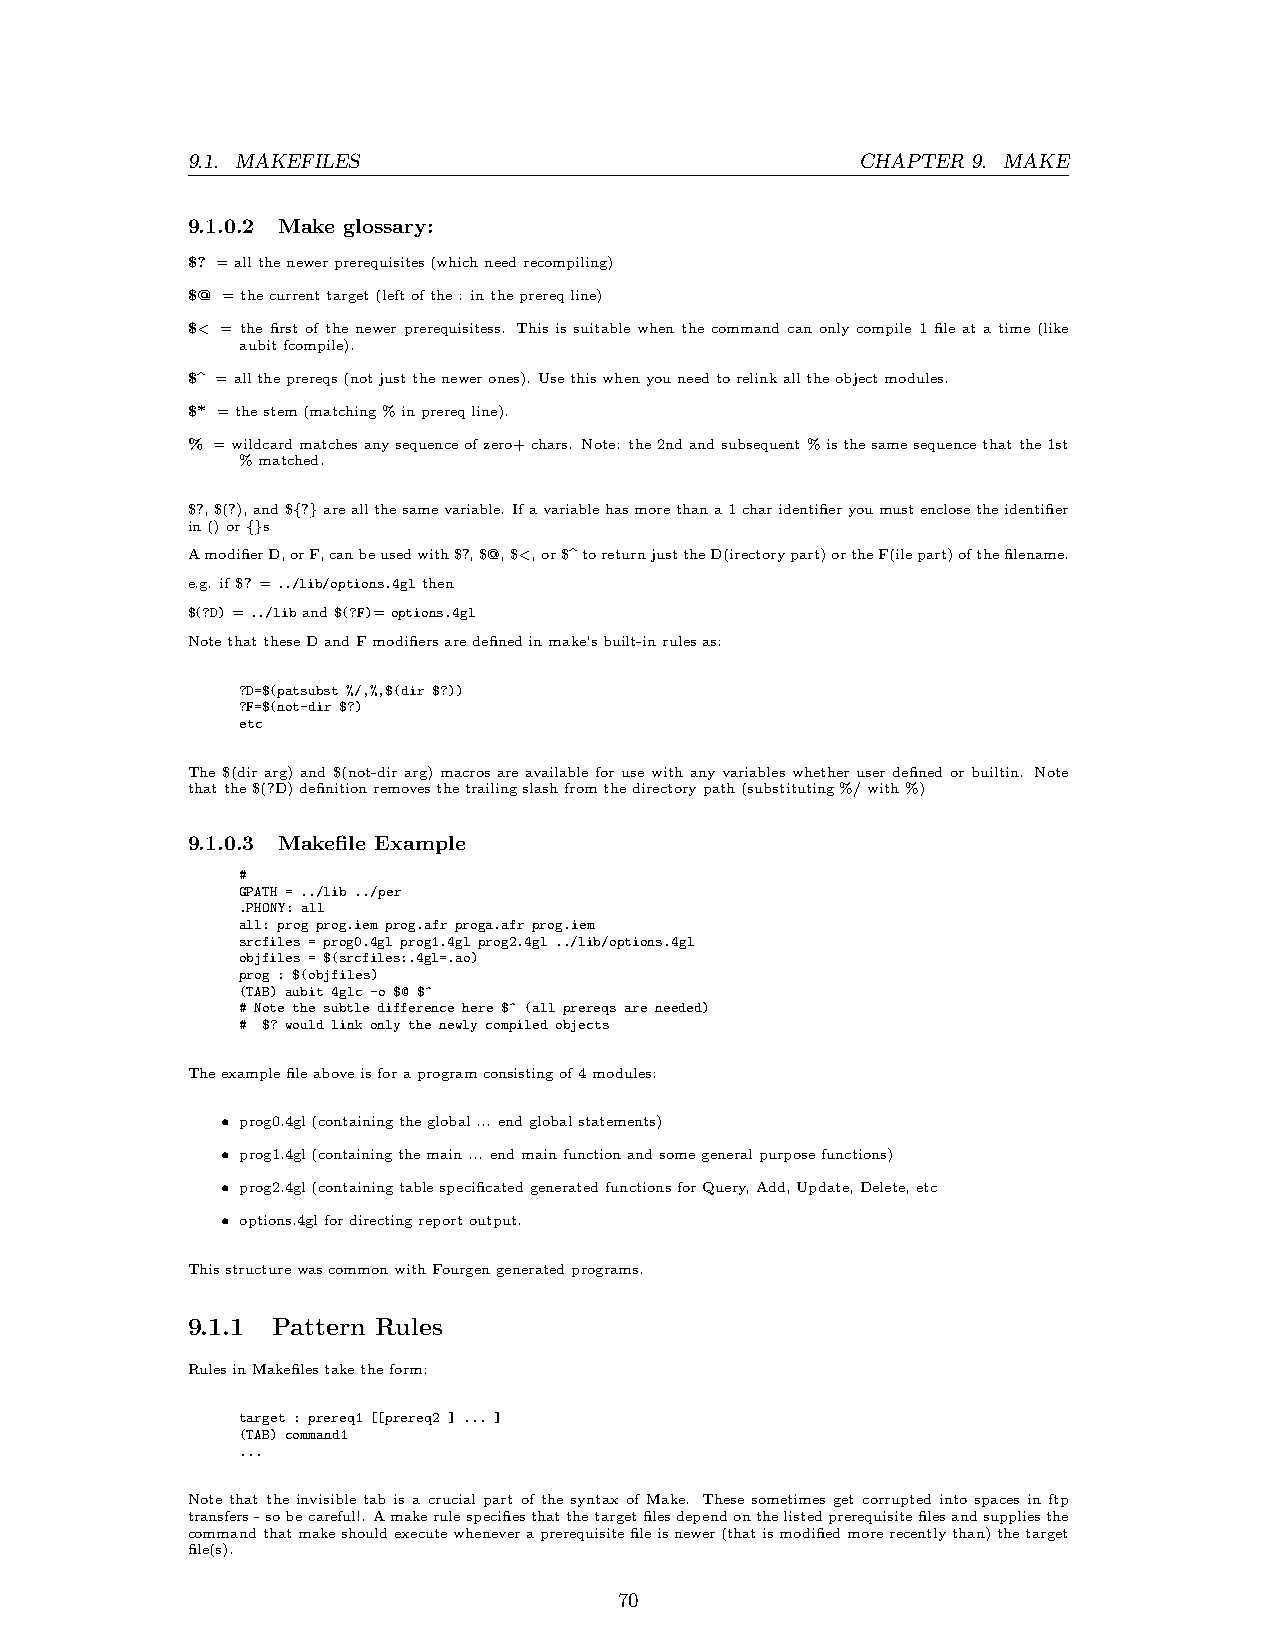
9.1. MAKEFILES                               CHAPTER 9. MAKE
 9.1.0.2 Make glossary:
 $? =allthenewerprerequisites(whichneedrecompiling)
 $@ =thecurrenttarget(leftofthe: intheprereqline)
 $< = the first of the newer prerequisitess. This is suitable when the command can only compile 1 file at a time (like
 aubitfcompile).
 $^ =alltheprereqs(notjustthenewerones). Usethiswhenyouneedtorelinkalltheobjectmodules.
 $* =thestem(matching%inprereqline).
 % =wildcardmatchesanysequenceofzero+chars. Note: the2ndandsubsequent%isthesamesequencethatthe1st
 %matched.
 $?,$(?),and${?}areallthesamevariable. Ifavariablehasmorethana1charidentifieryoumustenclosetheidentifier
 in()or{}s
 AmodifierD,orF,canbeusedwith$?,$@,$<,or$^toreturnjusttheD(irectorypart)ortheF(ilepart)ofthefilename.
 e.g. if$? =../lib/options.4glthen
 $(?D)=../liband$(?F)=options.4gl
 NotethattheseDandFmodifiersaredefinedinmake’sbuilt-inrulesas:
 ?D=$(patsubst %/,%,$(dir $?))
 ?F=$(not-dir $?)
 etc
 The $(dir arg) and $(not-dir arg) macros are available for use with any variables whether user defined or builtin. Note
 thatthe$(?D)definitionremovesthetrailingslashfromthedirectorypath(substituting%/with%)
 9.1.0.3 Makefile Example
 #
 GPATH = ../lib ../per
 .PHONY: all
 all: prog prog.iem prog.afr proga.afr prog.iem
 srcfiles = prog0.4gl prog1.4gl prog2.4gl ../lib/options.4gl
 objfiles = $(srcfiles:.4gl=.ao)
 prog : $(objfiles)
 (TAB) aubit 4glc -o $@ $^
 # Note the subtle difference here $^ (all prereqs are needed)
 # $? would link only the newly compiled objects
 Theexamplefileaboveisforaprogramconsistingof4modules:
 • prog0.4gl(containingtheglobal... endglobalstatements)
 • prog1.4gl(containingthemain... endmainfunctionandsomegeneralpurposefunctions)
 • prog2.4gl(containingtablespecificatedgeneratedfunctionsforQuery,Add,Update,Delete,etc
 • options.4glfordirectingreportoutput.
 ThisstructurewascommonwithFourgengeneratedprograms.
 9.1.1 Pattern Rules
 RulesinMakefilestaketheform:
 target : prereq1 [[prereq2 ] ... ]
 (TAB) command1
 ...
 Note that the invisible tab is a crucial part of the syntax of Make. These sometimes get corrupted into spaces in ftp
 transfers-sobecareful!. Amakerulespecifiesthatthetargetfilesdependonthelistedprerequisitefilesandsuppliesthe
 commandthatmakeshouldexecutewheneveraprerequisitefileisnewer(thatismodifiedmorerecentlythan)thetarget
 file(s).
 70